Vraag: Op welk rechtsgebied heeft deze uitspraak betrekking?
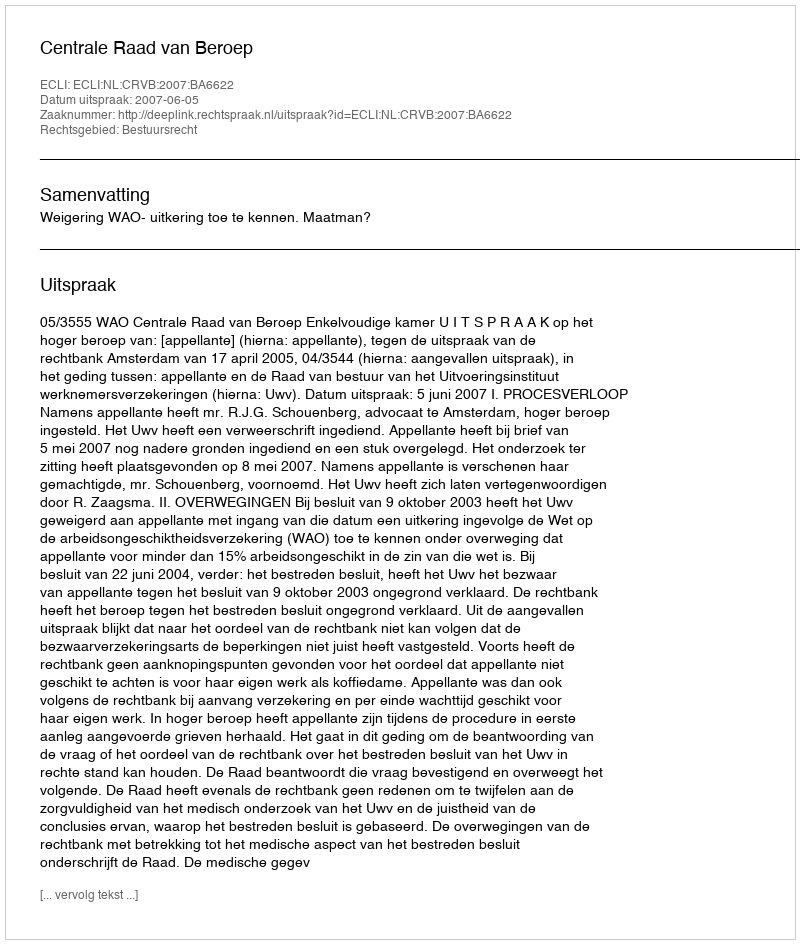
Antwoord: Bestuursrecht